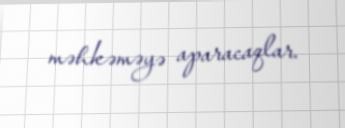
məhkəməyə aparacaqlar.